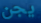
يجن